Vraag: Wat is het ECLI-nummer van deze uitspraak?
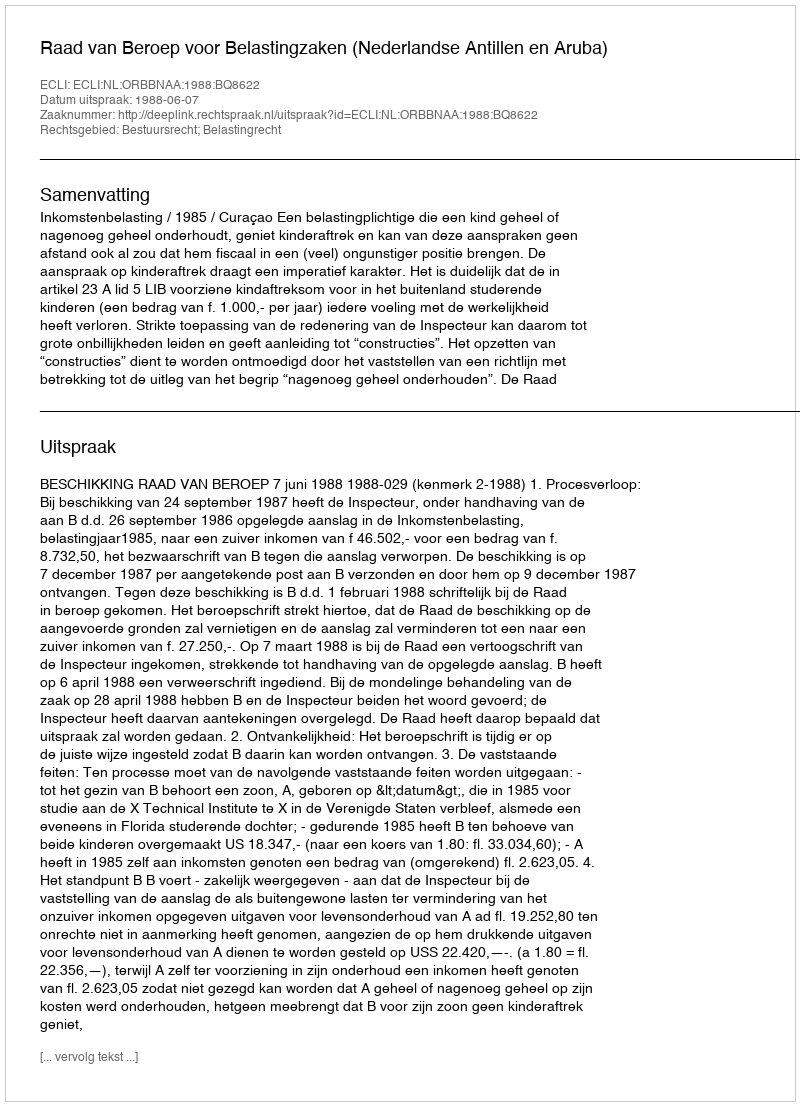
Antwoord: ECLI:NL:ORBBNAA:1988:BQ8622